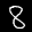
Label: 8